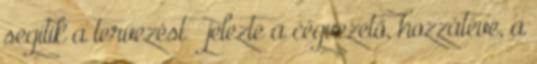
segítik a tervezést – jelezte a cégvezető, hozzátéve, a